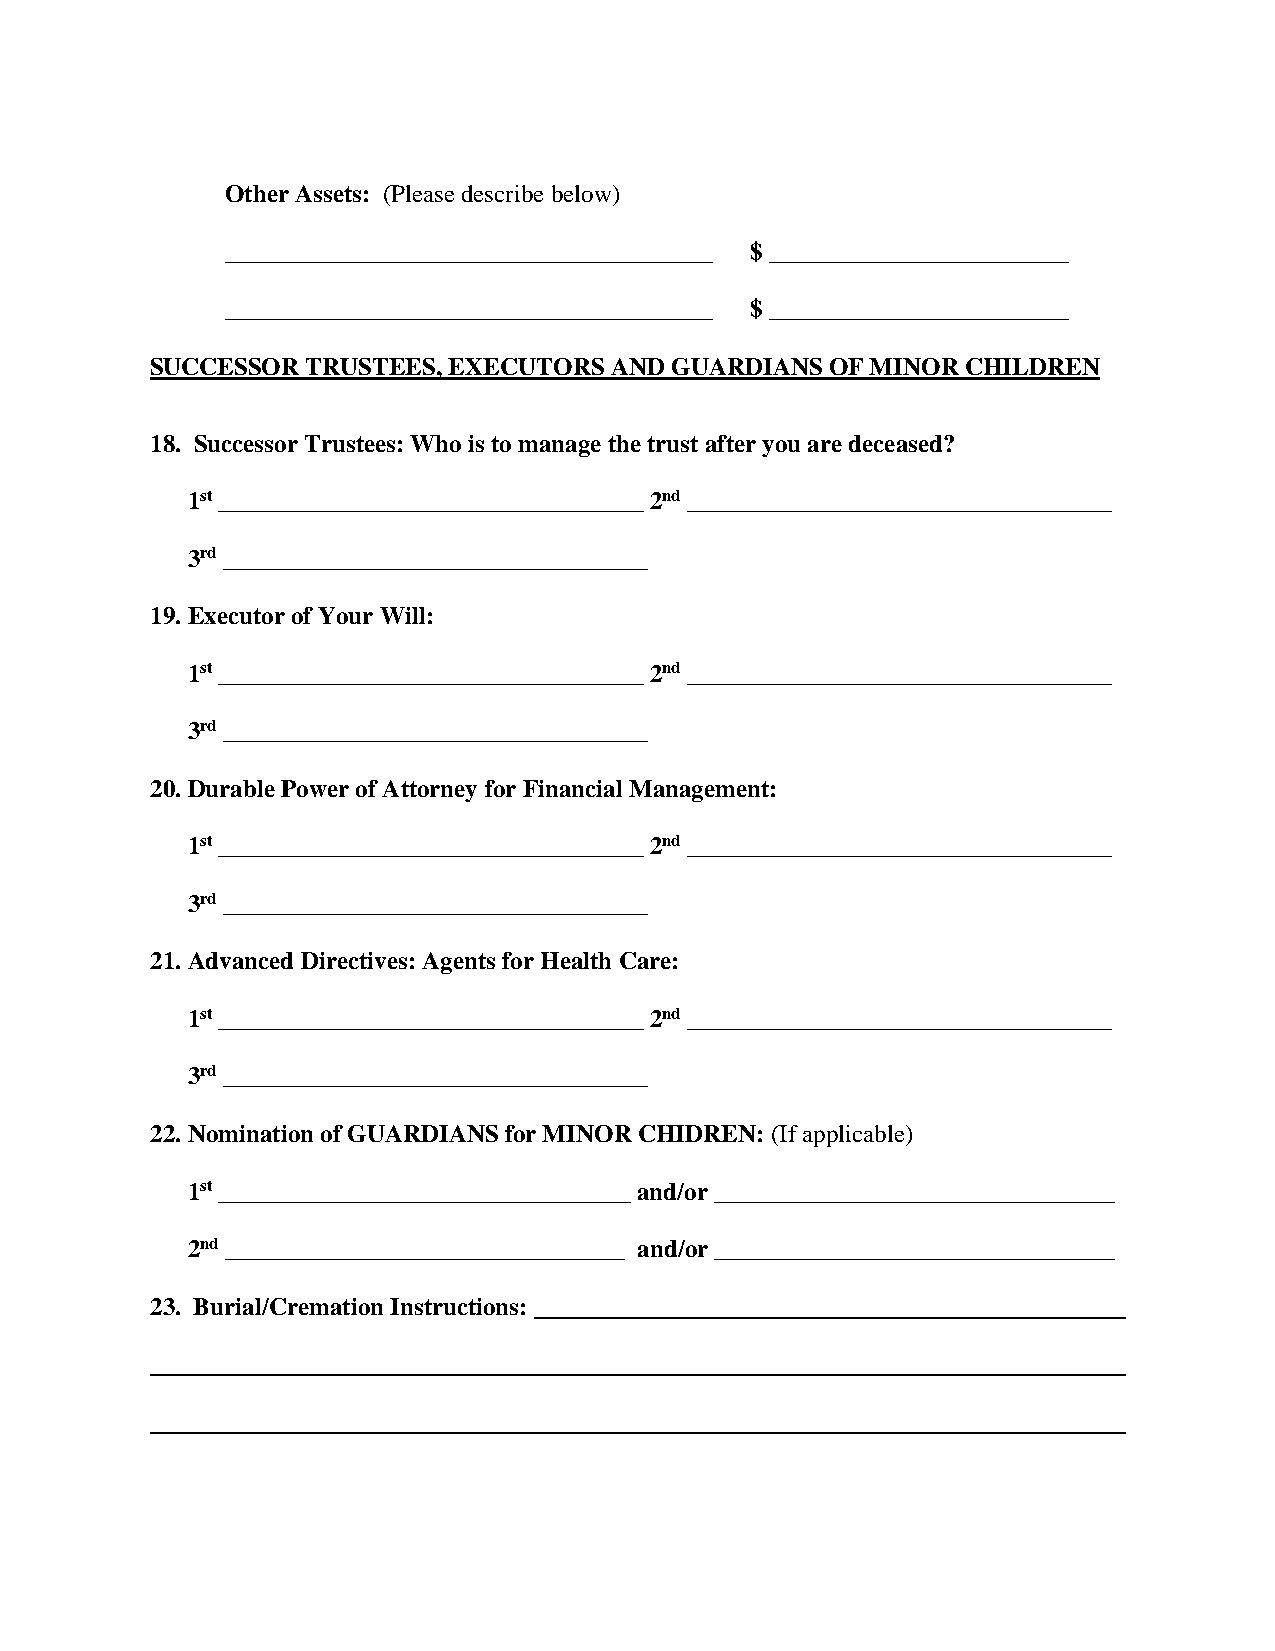
Other Assets: (Please describe below)
 _______________________________________ $ ________________________
 _______________________________________ $ ________________________
 SUCCESSOR TRUSTEES, EXECUTORS AND GUARDIANS  OF MINOR CHILDREN
 18. Successor Trustees: Who is to manage the trust after you are deceased?
 1st __________________________________ 2nd __________________________________
 3rd __________________________________
 19. Executor of Your Will:
 1st __________________________________ 2nd __________________________________
 3rd __________________________________
 20. Durable Power of Attorney for Financial Management:
 1st __________________________________ 2nd __________________________________
 3rd __________________________________
 21. Advanced Directives: Agents for Health Care:
 1st __________________________________ 2nd __________________________________
 3rd __________________________________
 22. Nomination of GUARDIANS for MINOR CHIDREN: (If applicable)
 1st _________________________________ and/or ________________________________
 2nd ________________________________ and/or ________________________________
 23. Burial/Cremation Instructions: